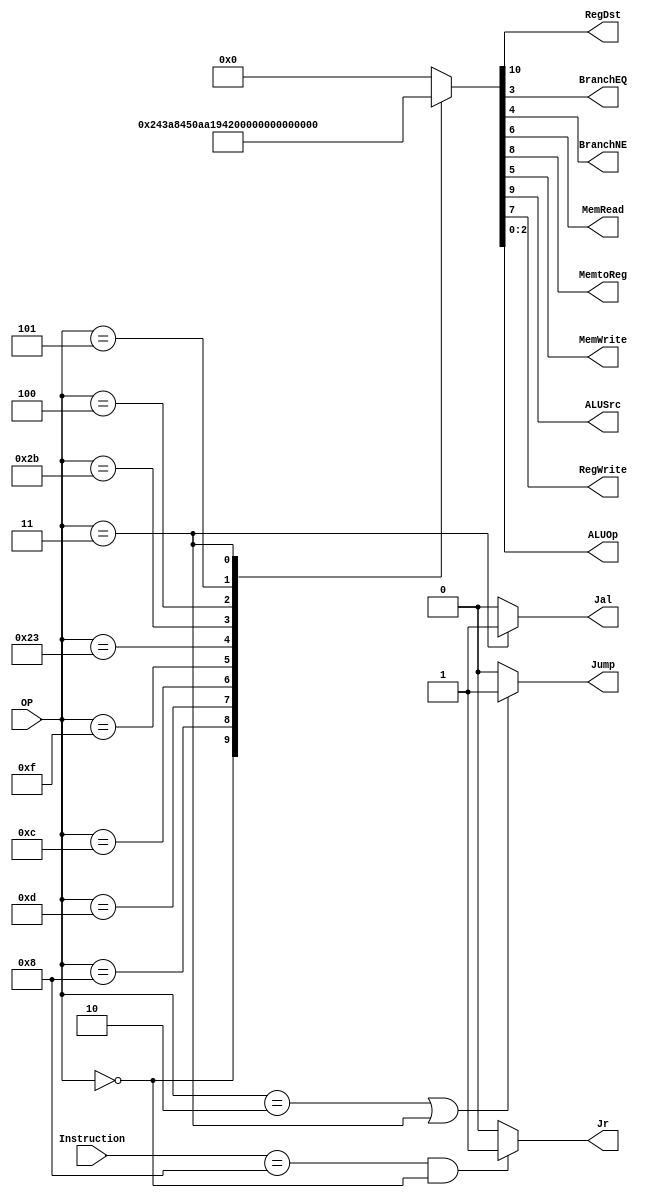
module Control
(
	input [5:0]OP,
	input [5:0]Instruction,
	
	output RegDst,
	output BranchEQ,
	output BranchNE,
	output MemRead,
	output MemtoReg,
	output MemWrite,
	output ALUSrc,
	output RegWrite,
	output Jump,
	output Jal,
	output Jr,
	output [2:0]ALUOp
);
localparam R_Type = 0;
localparam I_Type_ADDI =	6'h08;
localparam I_Type_ORI  = 	6'h0d;
localparam I_Type_ANDI = 	6'h0c;
localparam I_Type_LUI  = 	6'h0f;
localparam I_Type_LW	  = 	6'h23;
localparam I_Type_SW	  = 	6'h2b;
localparam I_Type_BEQ  =   6'h04;
localparam I_Type_BNE  =   6'h05;
localparam J_Type_J	  =	6'h02;
localparam J_Type_Jal  =	6'h03;


reg [10:0] ControlValues;

always @ (OP) begin
	case (OP)
		R_Type:			ControlValues= 11'b1_0010000_111;
		I_Type_ADDI:	ControlValues= 11'b0_1010000_100;
		I_Type_ORI:		ControlValues= 11'b0_1010000_101;
		I_Type_ANDI:	ControlValues= 11'b0_1010000_110;
		I_Type_LUI:		ControlValues= 11'b0_1010000_011;
		I_Type_LW:		ControlValues= 11'b0_1111000_010;
		I_Type_SW:		ControlValues= 11'b0_1100100_010;
		I_Type_BEQ:		ControlValues= 11'b0_0000001_001;
		I_Type_BNE:		ControlValues= 11'b0_0000010_001;
		J_Type_J:		ControlValues= 11'b0_0000000_000;
		J_Type_Jal:		ControlValues= 11'b0_0010000_000;

		default:
			ControlValues= 10'b0000000000; //MAY CHANGE
			
		endcase
end


//MAY CHANGE

assign RegDst 		= ControlValues[10];
assign ALUSrc 		= ControlValues[9];
assign MemtoReg 	= ControlValues[8];
assign RegWrite 	= ControlValues[7];
assign MemRead 	= ControlValues[6];
assign MemWrite 	= ControlValues[5];
assign BranchNE 	= ControlValues[4];
assign BranchEQ	= ControlValues[3];
assign ALUOp 		= ControlValues[2:0];
assign Jump = (OP == 6'h02 || OP == 6'h03) ? 1'b1 : 1'b0;
assign Jal 	= (OP == 6'h03) ? 1'b1 : 1'b0;
assign Jr 	= (Instruction == 6'h08 && OP == 0) ? 1'b1 : 1'b0;

endmodule
//control//